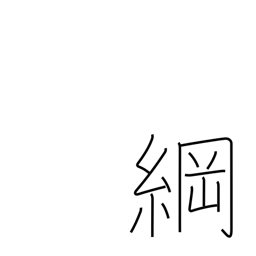
Meaning: hawser